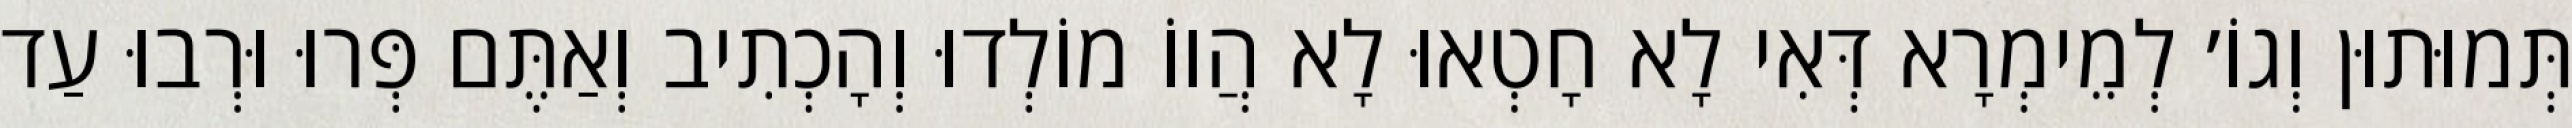
תְּמוּתוּן וְגוֹ׳ לְמֵימְרָא דְּאִי לָא חָטְאוּ לָא הֲווֹ מוֹלְדוּ וְהָכְתִיב וְאַתֶּם פְּרוּ וּרְבוּ עַד